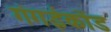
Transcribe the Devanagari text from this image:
गंगईकोंड